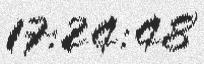
17:24:48